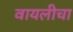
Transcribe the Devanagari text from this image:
वायलीचा